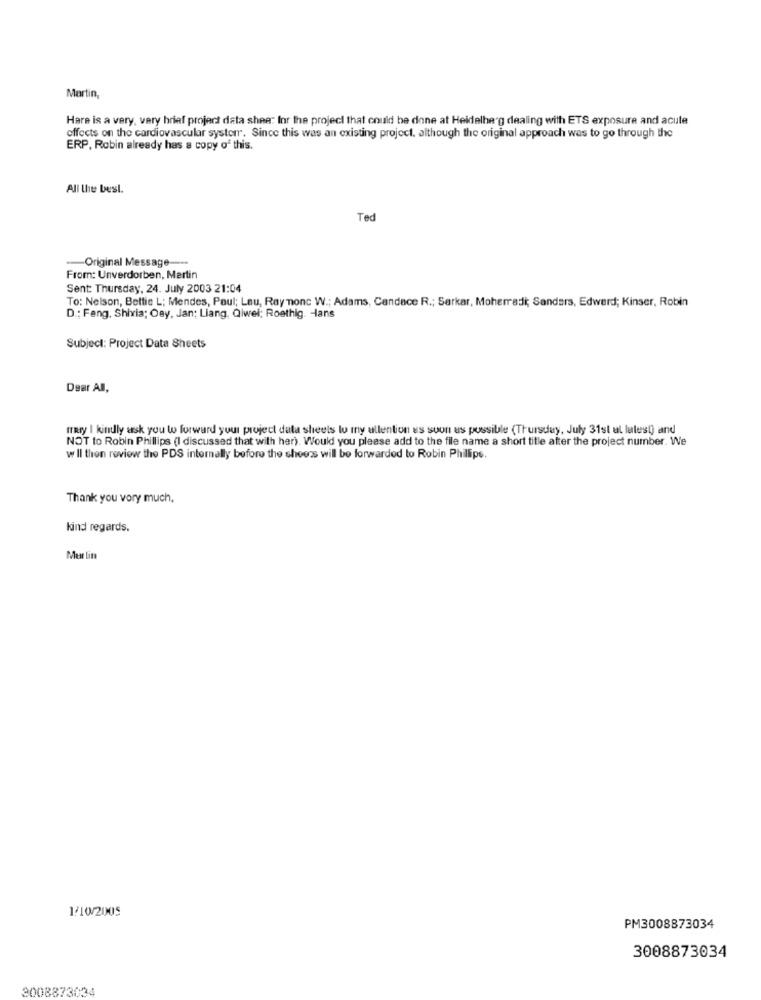
Martin,
Hare is a very, very brief project data shee: Inr the project that could be done at Heidelberg dealing with ETS exposure and acute
effects on the cardiovascular systemr. Since this was an existing project. although the original approach was to go through the
ERP, Robin already has a copy of this.
All the best.
Ted
-Original Message ---
From: Unverdorben, Martin
Sent: Thursday, 24. July 2003 21:04
To: Nelson, Bettie L; Mendes, Paul; Lau, Ray monc W .; Adams, Candace R .; Sarkar, Moherradi; Sanders, Edward; Kinser, Robin
D .: Feng. Shivia; Osy, Jan; Liang, Qiwel; Roethig. Hans
Subject: Project Data Sheets
Dear All,
mary I kindly ask you to forward your project data sheets lo my allention es soon as possible (Thursday, July 31st al latest) and
NOT to Robin Phillips (I discussed that with her). Would you please add to the file name a short title after the project number. We
w Il then review the PDS internally before the shoes will be forwarded to Robin Phillips.
Thank you vory much,
kind regards.
Mur lin
1/10/2005
PM3008873034
3008873034
3008873034